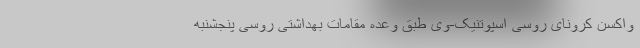
واکسن کرونای روسی اسپوتنیک-وی طبق وعده مقامات بهداشتی روسی پنجشنبه